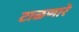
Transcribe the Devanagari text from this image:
टाळणारे